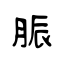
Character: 脤